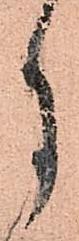
月